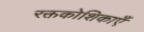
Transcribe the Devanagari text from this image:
रक्तकोशिकाएँ